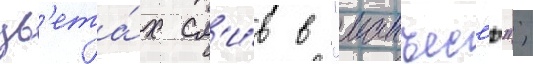
цв'ета́х сл'и́в в "манъес'ю";